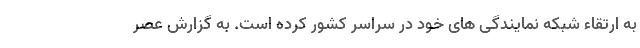
به ارتقاء شبکه نمایندگی های خود در سراسر کشور کرده است. به گزارش عصر